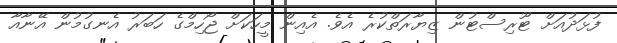
ފުޅަދުއަށް ޓޫރިސްޓުން ޒިޔާރަތްކުރެ އެވެ. އެއިން މީހަކަށް ޖޯހިމްގެ ހަބަރު އެނގުމުން އޭނާއާ